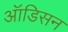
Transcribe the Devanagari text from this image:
ऑडिसन